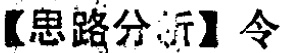
【思路分析】令